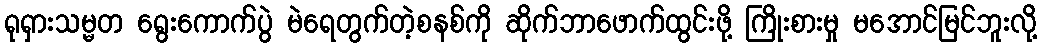
ရုရှားသမ္မတ ရွေးကောက်ပွဲ မဲရေတွက်တဲ့စနစ်ကို ဆိုက်ဘာဖောက်ထွင်းဖို့ ကြိုးစားမှု မအောင်မြင်ဘူးလို့